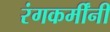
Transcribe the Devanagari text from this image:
रंगकर्मींनी